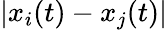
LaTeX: |x_{i}(t)-x_{j}(t)|